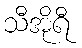
သီအိုရီ